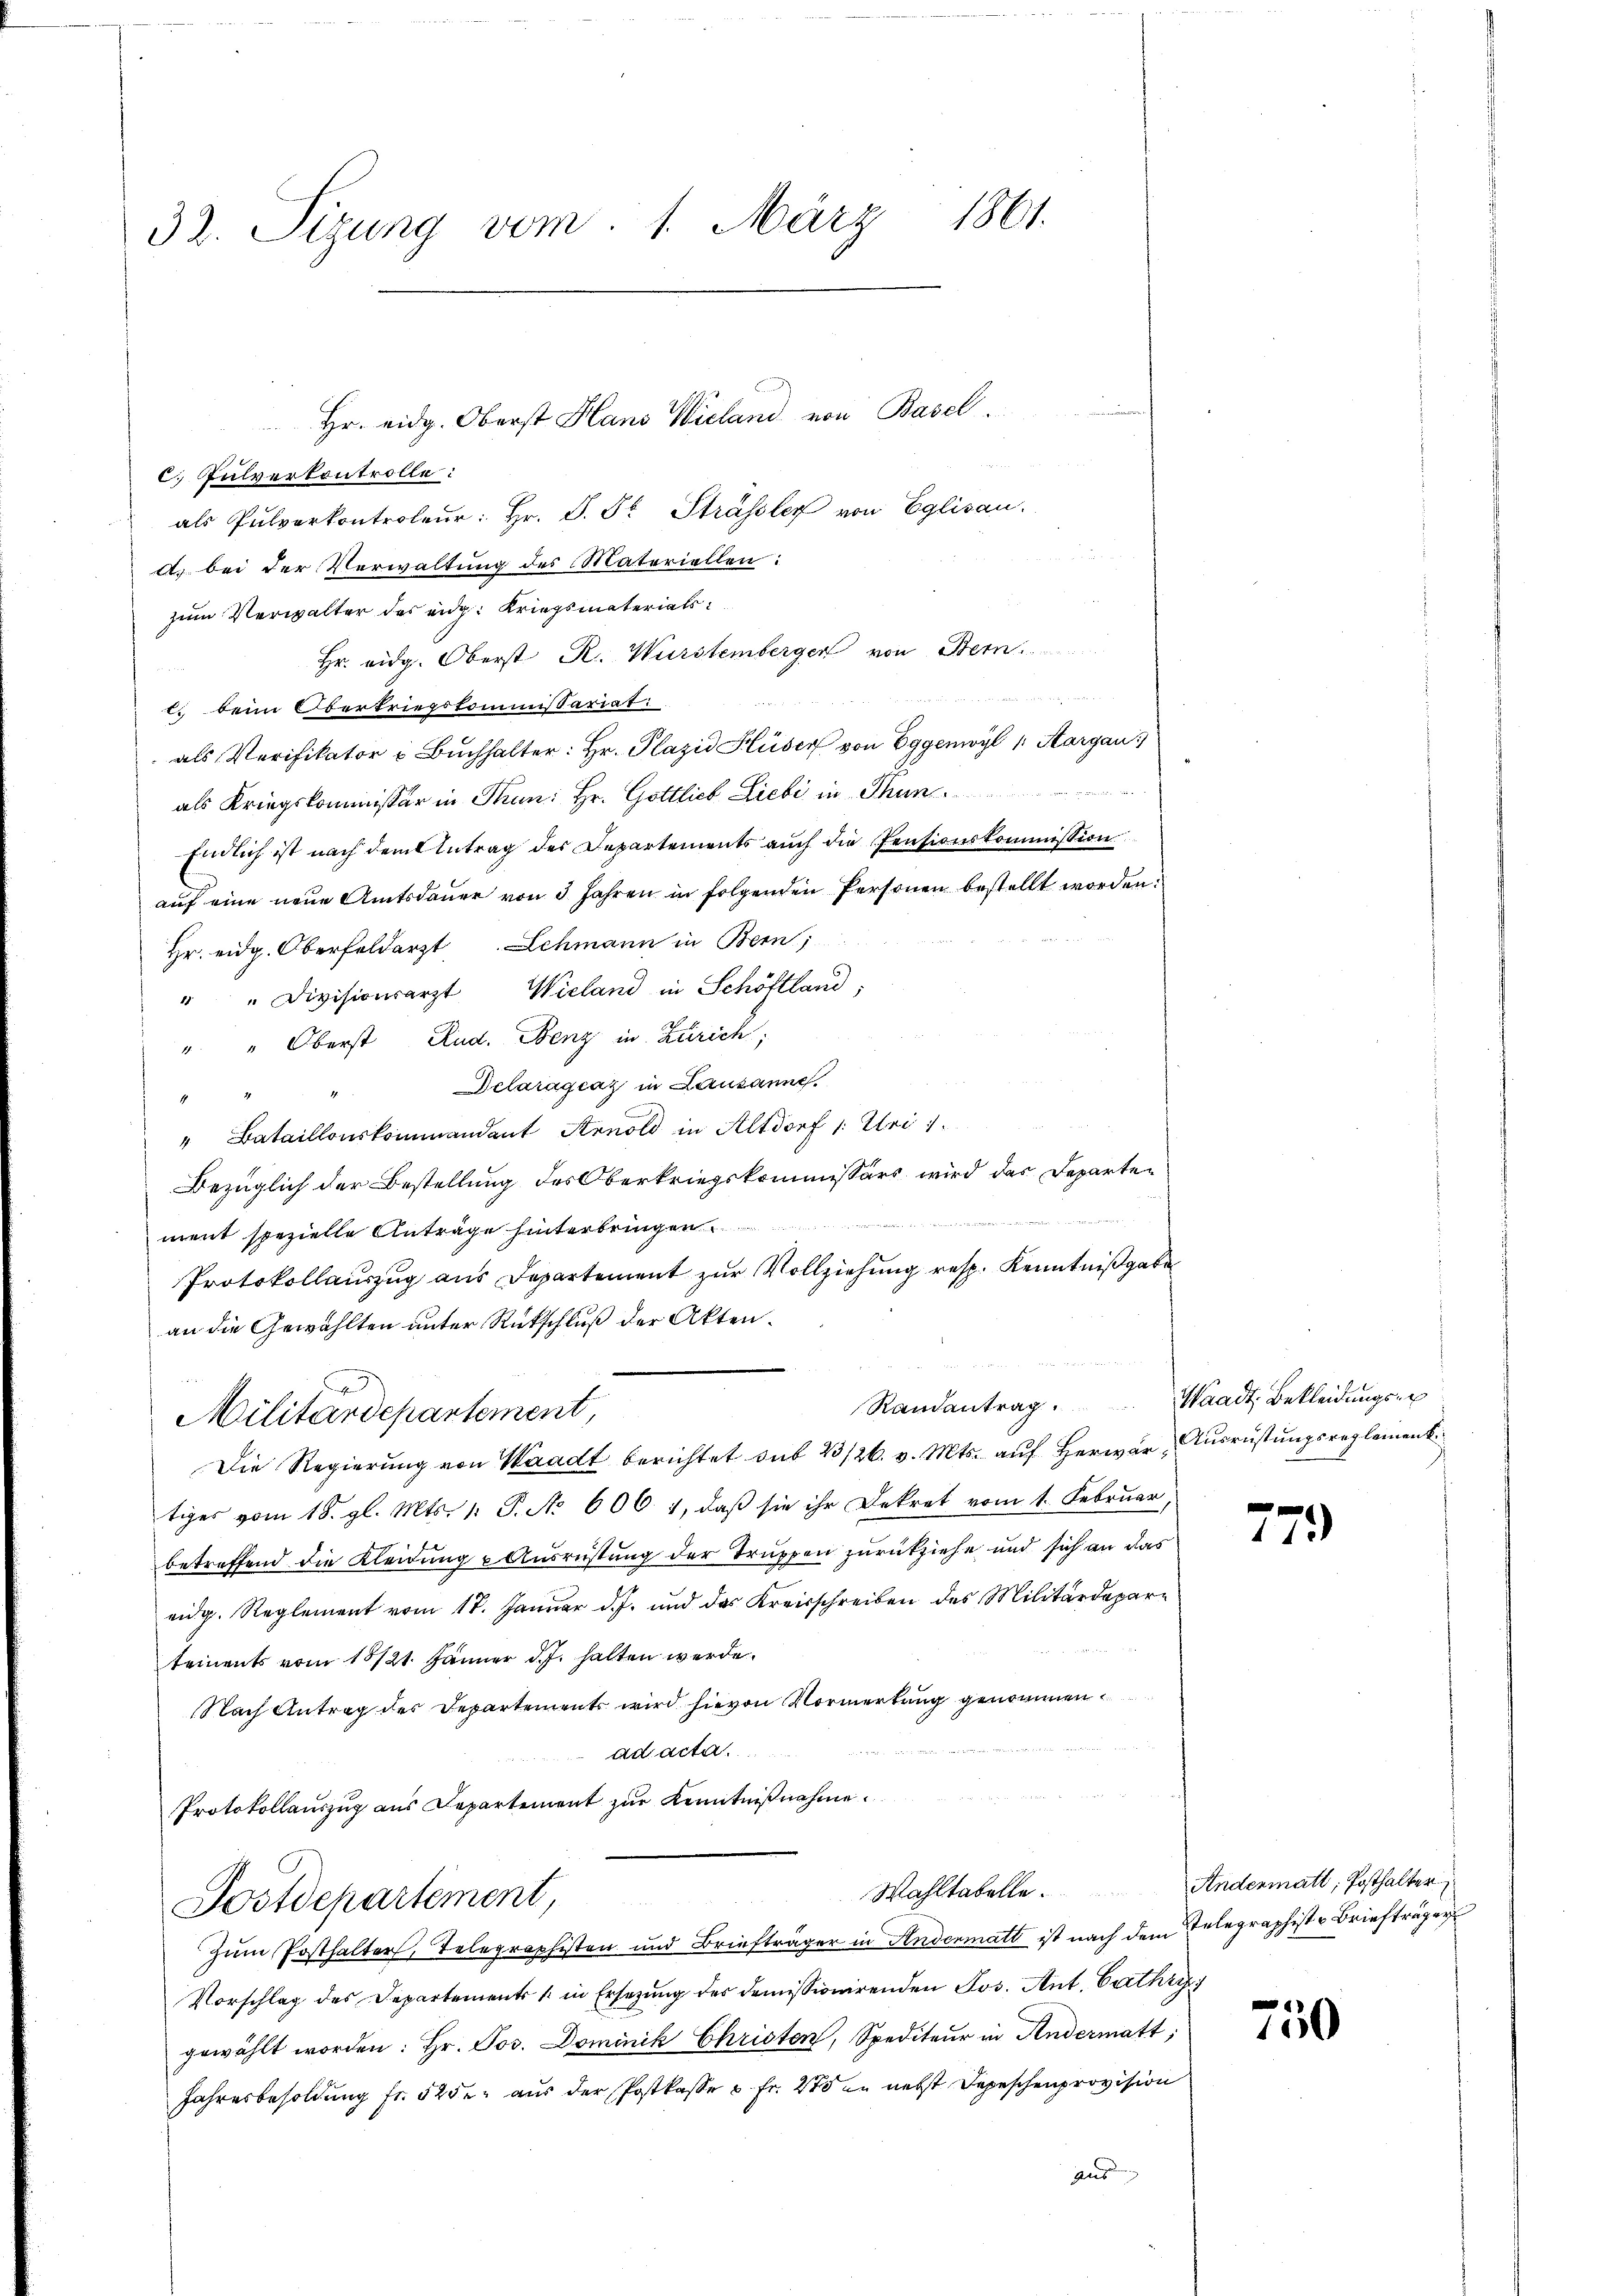
32. Sizung vom 1. März 1861.

c. Pulverkontrolle:
als Pulverkontroler: Hr. S. S. Strässler von Eglisau.
d. bei der Verwaltung des Materiellen:
zum Verwalter des eidg. Kriegsmaterials
Hr. eidg. Oberst R. Wurstemberger von Bern.

Ei beim Oberkriegskommissariat
als Verifikator u Bŭchhalter: Hr. Plazić Hüser von Eggenwyl 1. Aargau
als Kriegskommissär in Thun; Hr. Gottlich Liebi in Thun
Endlich ist nach dem Antrag des Departements auch die Pensionskommission
auf eine neue Amtsdauer von 5 Jahren in folgenden Personen bestellt worden.
Hr. eidg. Oberfeldarzt Schmann in Bern;
" " Divisionsarzt Wieland in Schöftland,
" " Oberst Rud. Benz in Zürich;
Delarágcaz in Lausanne.
17
" Bataillonskommandant Arnold in Altdorf 1: Uri 1
Bezüglich der Bestellung des Oberkriegskommissärs wird das Departement spezielle Anträge hinterbringen
Protokollauszug aus Departement zur Vollziehung resp. Kenntnißgabe
an die Gewählten unter Rückschluß der Akten.

Randantrag.
Militärdepartement,
Die Regierung von Waadt berichtet sub 23/26. v. Mts. aŭf herwär, Ausrüstungsreglemenk
tiges vom 18. gl. Mts. 1. P. No 606 1, daß sie ihr Dekret vom 1. Februar,
betreffend die Kleidung & Ausrüstung der Truppen zurückziehe und sich an das
eidg. Reglement vom 17. Januar d. J. und das Kreisschreiben des Militärdepartements vom 18/21. Jänner d. J. halten werde.
Nach Antrag des Departements wird hievon Vormerkung genommen.
ad acta.
Protokollauszug aus Departement zur Kenntnißnahme.
Wahltabelle. Andermatt, Posthalter
Postdepartement,
Zum Posthalters, Telegraphisten und Briefträger in Andermatt ist nach dem Telegraphiste Briefträger
Vorschlag des Departements in Ersetzŭng des domissionirenden Jos. Ant. Cathar
gewählt worden: Hr. Jos. Dominik Christen, Spediteŭr in Andermatt,
Jahresbesoldung fr. 525. aus der Postkasse u. Fr. 275 in nebst Depeschenprovision
gus |

Hr. eidg. Oberst Hans Wieland von Basel.

Waadt, Bekleidungser

779

e